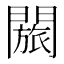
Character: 𬮐